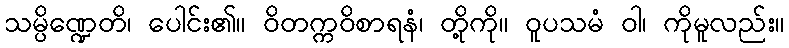
သမ္ပိဏ္ဍေတိ၊ ပေါင်း၏။ ဝိတက္ကဝိစာရနံ၊ တို့ကို။ ဝူပသမံ ဝါ၊ ကိုမူလည်း။